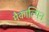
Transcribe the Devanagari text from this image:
मैकाल्पिन